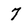
Character: 7